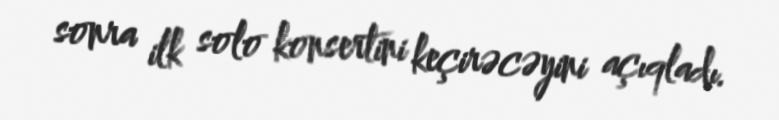
sonra ilk solo konsertini keçirəcəyini açıqladı.